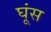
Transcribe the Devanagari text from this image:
घूंस